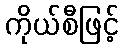
ကိုယ်စီဖြင့်